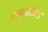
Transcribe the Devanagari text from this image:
सायनामिड